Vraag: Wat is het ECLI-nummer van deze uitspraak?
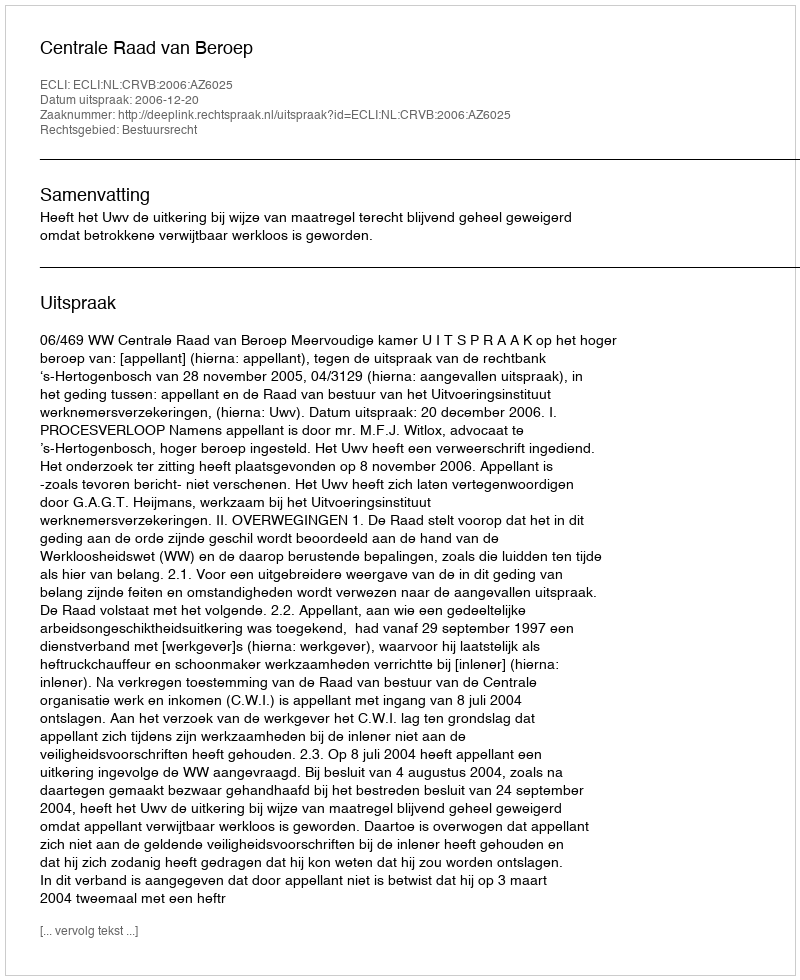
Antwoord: ECLI:NL:CRVB:2006:AZ6025